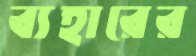
ব্যহারের